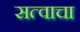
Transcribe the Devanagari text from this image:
सत्वाचा